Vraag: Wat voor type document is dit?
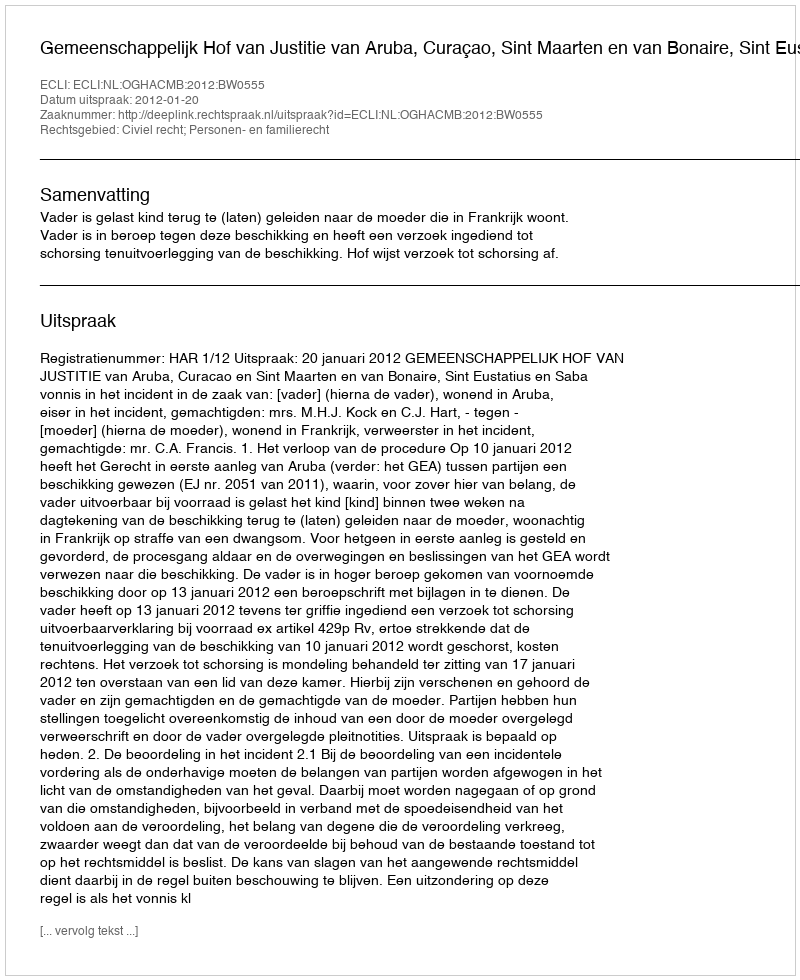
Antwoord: Uitspraak